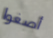
أصغوا